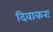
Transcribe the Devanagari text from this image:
दिवाकरः